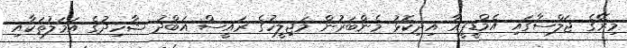
މިރޭގެ ޖަލްސާގައި އެމްޑީޕީއާ އިދިކޮޅު މެންބަރުން މަޖިލީހުގެ ރައީސް އަބްދު ޝާހިދުގެ އަމަލުތަކާއި